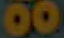
00